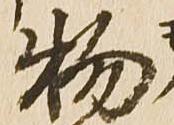
物